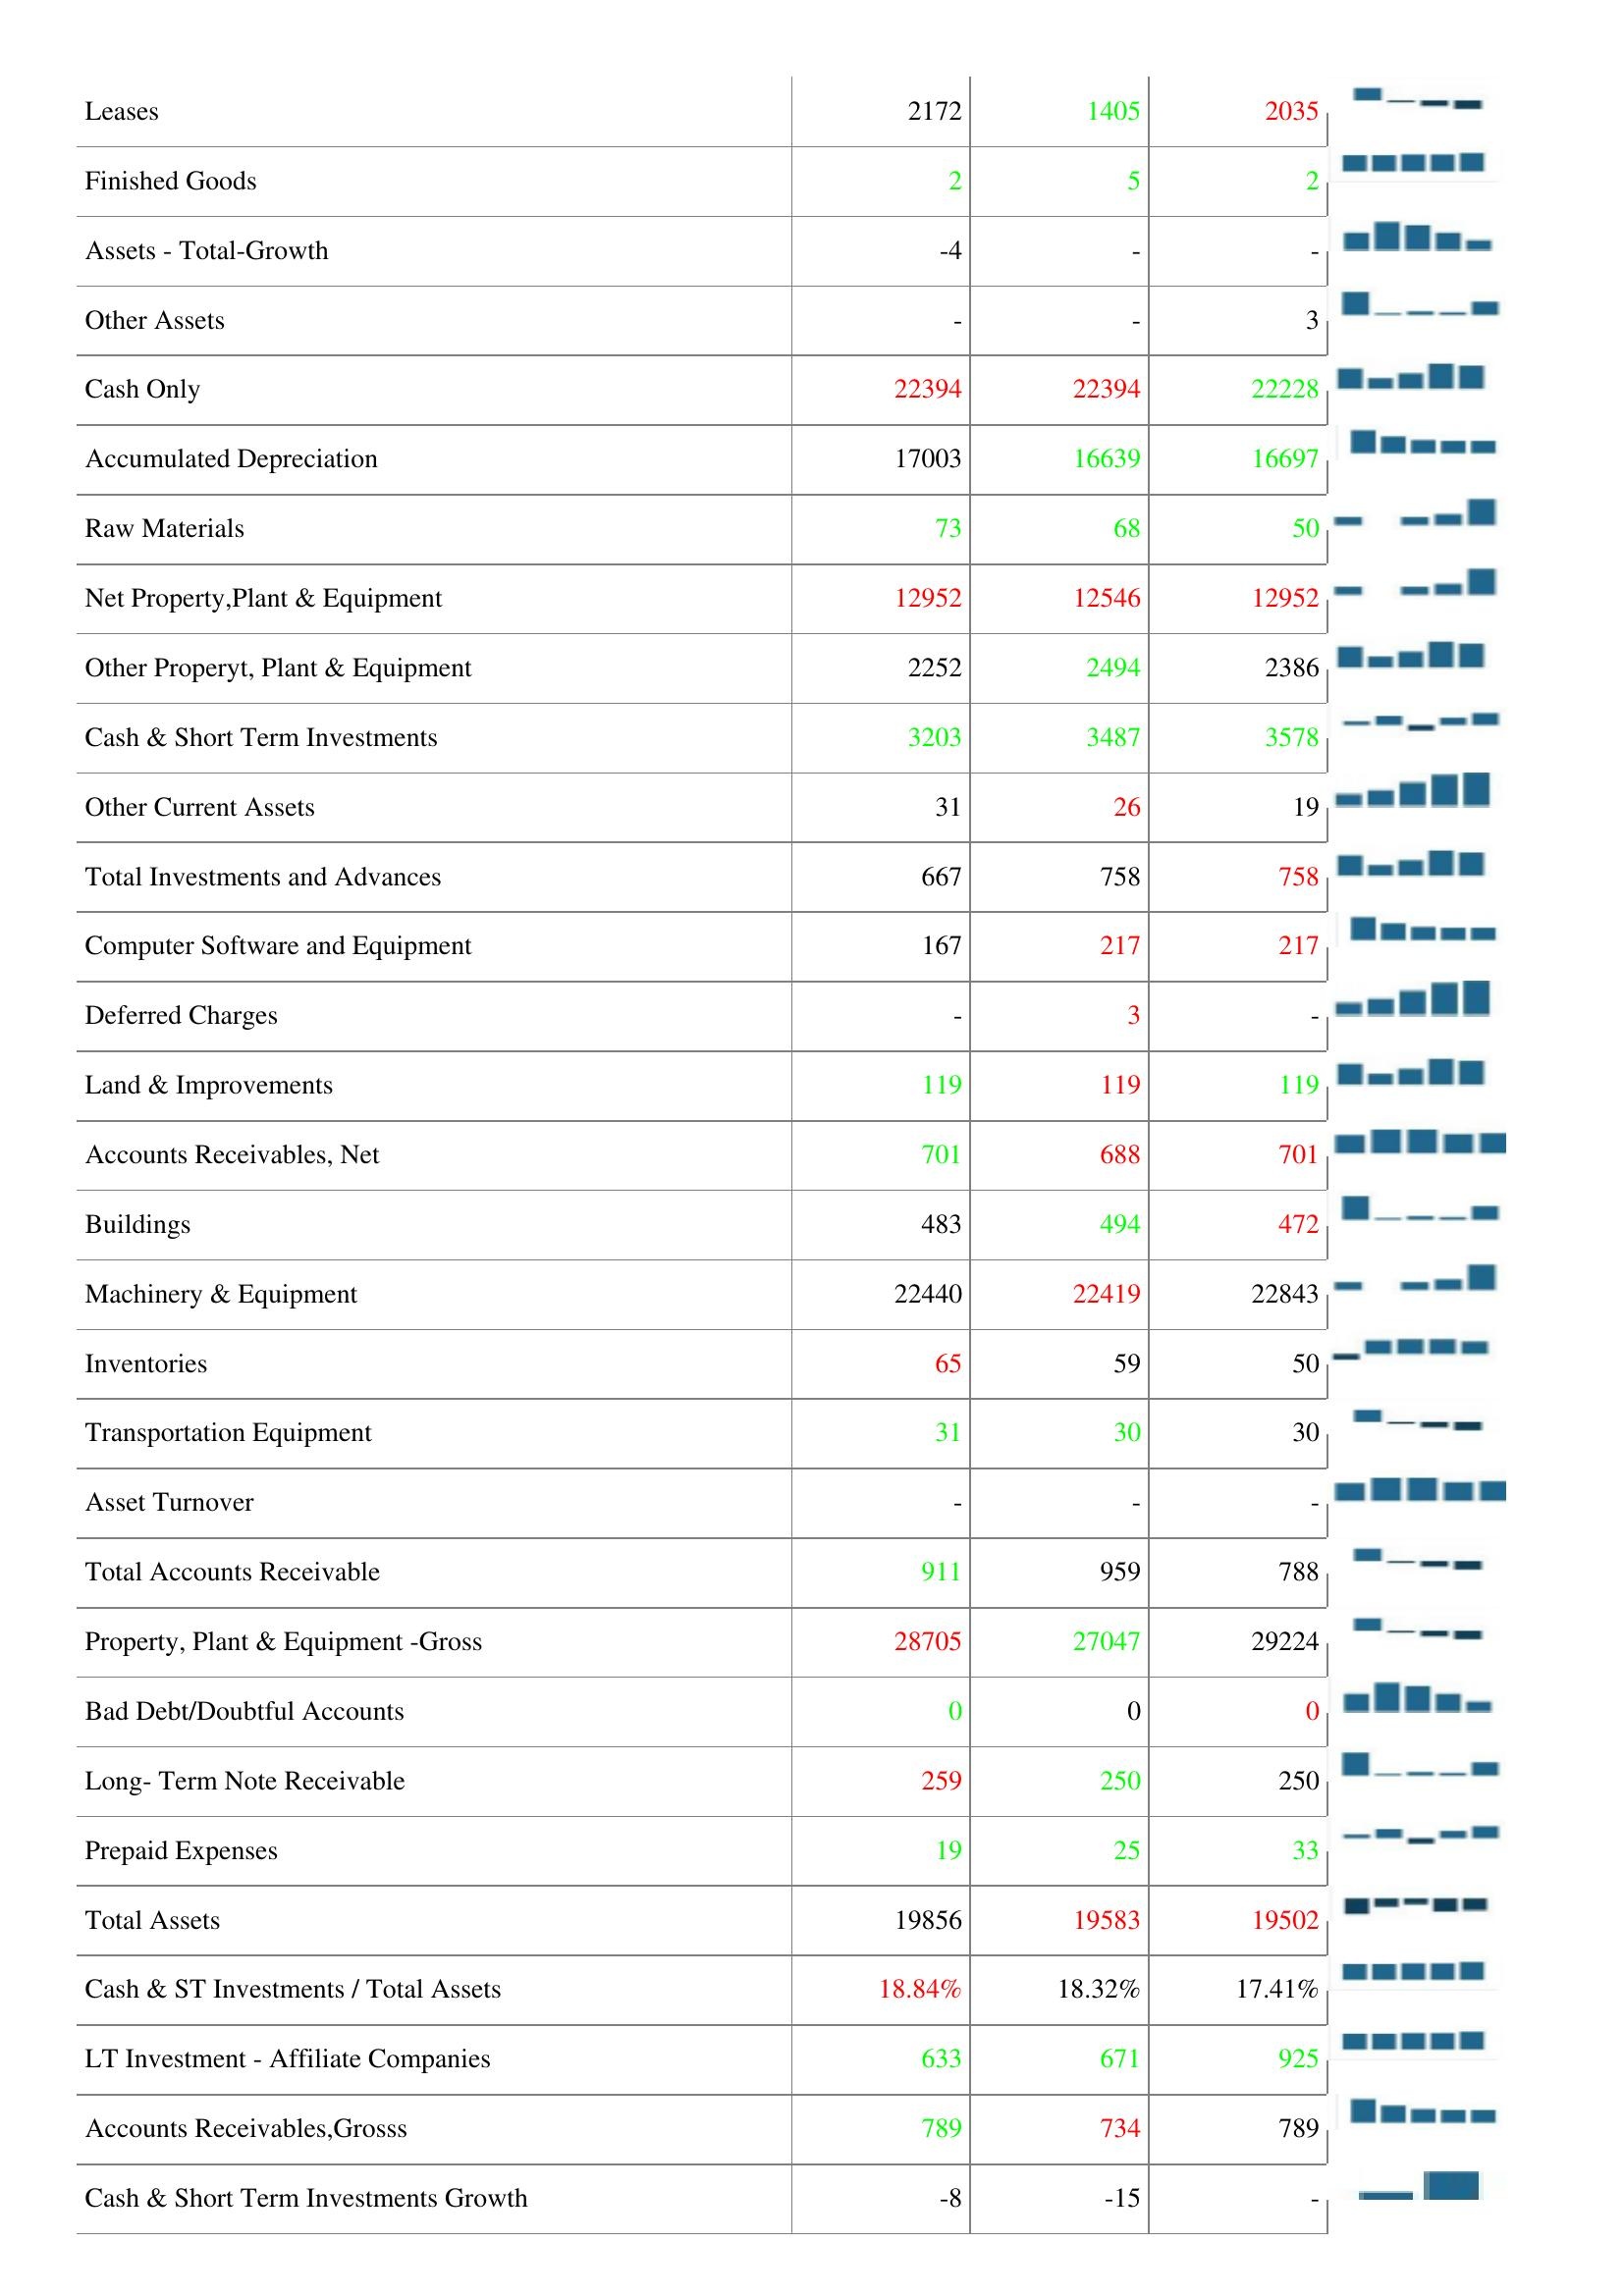
2020: Assets: Construction in Progress: 807
Total Current Assets: 4768
Other Receivables: 123
Accounts Receivable Turnover: 6.36
Return On Average Assets: 0
Accounts Receivables Growth: 14
Leases: 2172
Finished Goods: 2
Assets - Total-Growth: -4
Other Assets: -
Cash Only: 22394
Accumulated Depreciation: 17003
Raw Materials: 73
Net Property,Plant & Equipment: 12952
Other Properyt, Plant & Equipment: 2252
Cash & Short Term Investments: 3203
Other Current Assets: 31
Total Investments and Advances: 667
Computer Software and Equipment: 167
Deferred Charges: -
Land & Improvements: 119
Accounts Receivables, Net: 701
Buildings: 483
Machinery & Equipment: 22440
Inventories: 65
Transportation Equipment: 31
Asset Turnover: -
Total Accounts Receivable: 911
Property, Plant & Equipment -Gross: 28705
Bad Debt/Doubtful Accounts: 0
Long- Term Note Receivable: 259
Prepaid Expenses: 19
Total Assets: 19856
Cash & ST Investments / Total Assets: 18.84%
LT Investment - Affiliate Companies: 633
Accounts Receivables,Grosss: 789
Cash & Short Term Investments Growth: -8
2019: Assets: Construction in Progress: 1439
Total Current Assets: 4500
Other Receivables: 294
Accounts Receivable Turnover: 6.36
Return On Average Assets: -
Accounts Receivables Growth: -
Leases: 1405
Finished Goods: 5
Assets - Total-Growth: -
Other Assets: -
Cash Only: 22394
Accumulated Depreciation: 16639
Raw Materials: 68
Net Property,Plant & Equipment: 12546
Other Properyt, Plant & Equipment: 2494
Cash & Short Term Investments: 3487
Other Current Assets: 26
Total Investments and Advances: 758
Computer Software and Equipment: 217
Deferred Charges: 3
Land & Improvements: 119
Accounts Receivables, Net: 688
Buildings: 494
Machinery & Equipment: 22419
Inventories: 59
Transportation Equipment: 30
Asset Turnover: -
Total Accounts Receivable: 959
Property, Plant & Equipment -Gross: 27047
Bad Debt/Doubtful Accounts: 0
Long- Term Note Receivable: 250
Prepaid Expenses: 25
Total Assets: 19583
Cash & ST Investments / Total Assets: 18.32%
LT Investment - Affiliate Companies: 671
Accounts Receivables,Grosss: 734
Cash & Short Term Investments Growth: -15
2018: Assets: Construction in Progress: 1722
Total Current Assets: 4252
Other Receivables: 162
Accounts Receivable Turnover: 5.59
Return On Average Assets: -
Accounts Receivables Growth: 3
Leases: 2035
Finished Goods: 2
Assets - Total-Growth: -
Other Assets: 3
Cash Only: 22228
Accumulated Depreciation: 16697
Raw Materials: 50
Net Property,Plant & Equipment: 12952
Other Properyt, Plant & Equipment: 2386
Cash & Short Term Investments: 3578
Other Current Assets: 19
Total Investments and Advances: 758
Computer Software and Equipment: 217
Deferred Charges: -
Land & Improvements: 119
Accounts Receivables, Net: 701
Buildings: 472
Machinery & Equipment: 22843
Inventories: 50
Transportation Equipment: 30
Asset Turnover: -
Total Accounts Receivable: 788
Property, Plant & Equipment -Gross: 29224
Bad Debt/Doubtful Accounts: 0
Long- Term Note Receivable: 250
Prepaid Expenses: 33
Total Assets: 19502
Cash & ST Investments / Total Assets: 17.41%
LT Investment - Affiliate Companies: 925
Accounts Receivables,Grosss: 789
Cash & Short Term Investments Growth: -